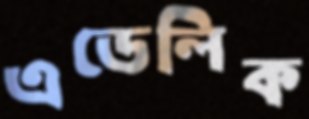
এডেলিক